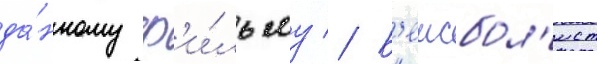
да́нному ф'и́льму // Б'еисбол'ист